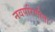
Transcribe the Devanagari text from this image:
नवपरिणीता